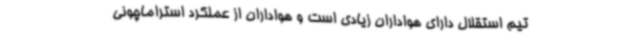
تیم استقلال دارای هواداران زیادی است و هواداران از عملکرد استراماچونی